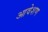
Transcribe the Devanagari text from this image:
आवेशण